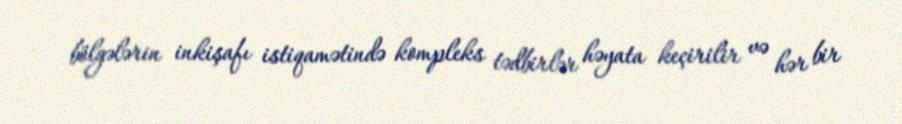
bölgələrin inkişafı istiqamətində kompleks tədbirlər həyata keçirilir və hər bir